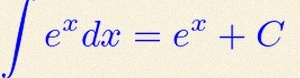
\int e^x dx=e^x+C